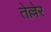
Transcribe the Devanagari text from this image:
तेल्लेर